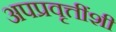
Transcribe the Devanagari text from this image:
अपप्रवृत्तींशी